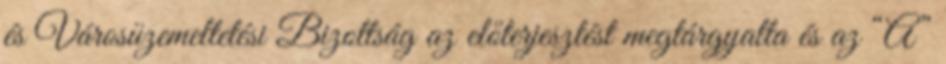
és Városüzemeltetési Bizottság az előterjesztést megtárgyalta és az “A”